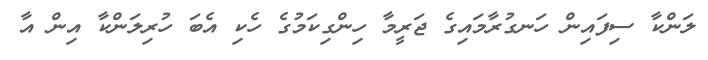
ލަންކާ ސިފައިން ހަނގުރާމައިގެ ޖަރީމާ ހިންގިކަމުގެ ހެކި އެބަ ހުރިލަންކާ އިން އާ